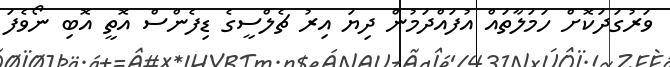
ވަރުގަދަކޮށް ހަމަލާތައް އުފައްދަމުން ދިޔަ އިރު ޗެލްސީގެ ޑިފެންސް އޮތީ އޮބި ނޯވެފަ